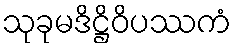
သုခုမဒိဋ္ဌိဝိပဿကံ